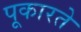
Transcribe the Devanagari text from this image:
पूकारते